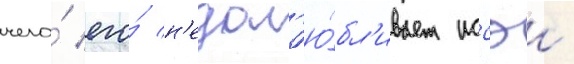
чего́ его́ н'едол'ю́бл'ивает иссэи